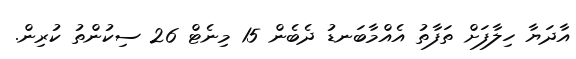
އާދަޔާ ހިލާފަށް ތަފާތު އެއްމާބަނޑު ދެބެން 15 މިނެޓް 26 ސިކުންތު ކުރިން.